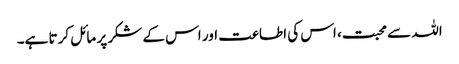
اللہ سے محبت، اس کی اطاعت اور اس کے شکر پر مائل کرتا ہے۔